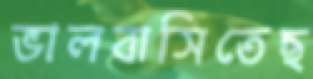
ভালবাসিতেছ